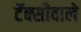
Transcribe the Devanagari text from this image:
टॅक्सीवाले